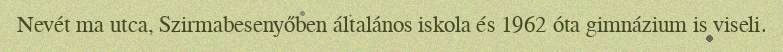
Nevét ma utca, Szirmabesenyőben általános iskola és 1962 óta gimnázium is viseli.